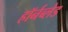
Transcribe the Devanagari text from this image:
हॉर्नब्लेड